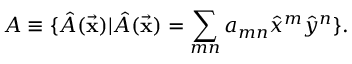
{ \cal A } \equiv \{ \hat { A } ( { \vec { \bf x } } ) | \hat { A } ( { \vec { \bf x } } ) = \sum _ { m n } a _ { m n } { \hat { x } } ^ { m } { \hat { y } } ^ { n } \} .